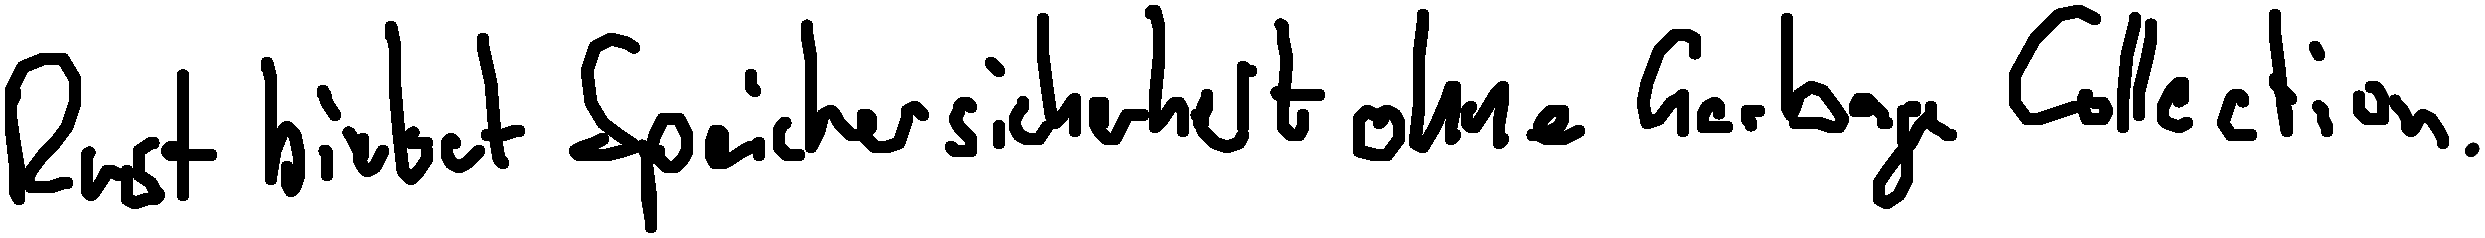
Rust bietet Speichersicherheit ohne Garbage Collection.